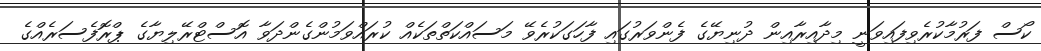
ކޯސް ފަރުމާކުރެވިފައިވަނީ މިދާއިރާއިން ދުނިޔޭގެ ފެންވަރުގައި ފާހަގަކުރެވޭ މަސައްކަތްތަކެއް ކުރައްވަމުންގެންދަވާ އޮސްޓްރޭލިޔާގެ ޕްރޮފެސަރެއްގެ